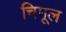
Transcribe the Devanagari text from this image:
चिमूल